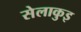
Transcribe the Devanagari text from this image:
सेलाकुइ